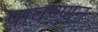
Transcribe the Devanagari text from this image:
पावण्णन